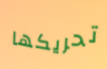
تحريكها